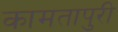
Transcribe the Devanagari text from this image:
कामतापुरी